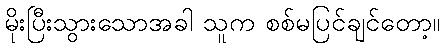
မိုးပြီးသွားသောအခါ သူက စစ်မပြင်ချင်တော့။